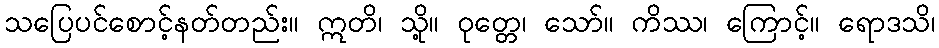
သပြေပင်စောင့်နတ်တည်း။ ဣတိ၊ သို့။ ဝုတ္တေ၊ သော်။ ကိဿ၊ ကြောင့်။ ရောဒသိ၊